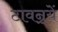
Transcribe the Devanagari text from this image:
टावन्र्यें